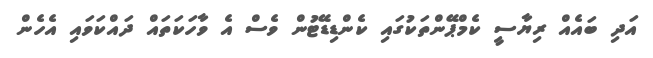
އަދި ބައެއް ރިޔާސީ ކެމްޕޭންތަކުގައި ކެންޑިޑޭޓުން ވެސް އެ ވާހަކަތައް ދައްކަވައި އެހެން